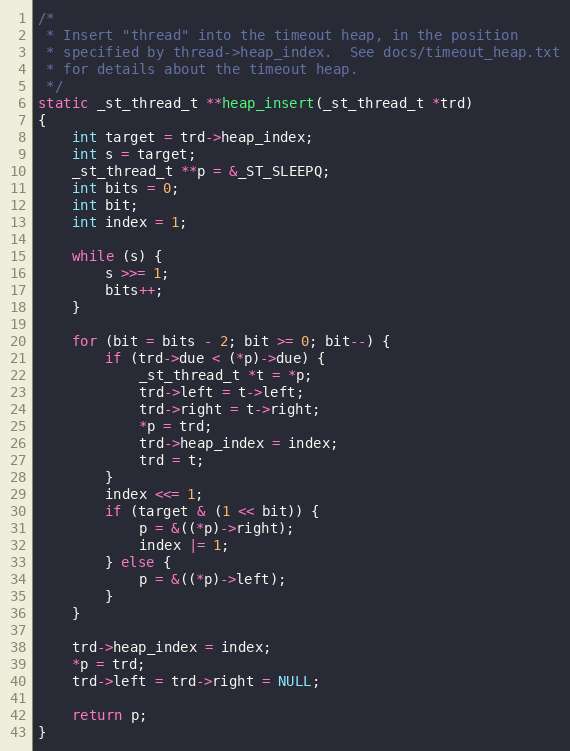
Language: C
/*
 * Insert "thread" into the timeout heap, in the position
 * specified by thread->heap_index.  See docs/timeout_heap.txt
 * for details about the timeout heap.
 */
static _st_thread_t **heap_insert(_st_thread_t *trd)
{
    int target = trd->heap_index;
    int s = target;
    _st_thread_t **p = &_ST_SLEEPQ;
    int bits = 0;
    int bit;
    int index = 1;

    while (s) {
        s >>= 1;
        bits++;
    }

    for (bit = bits - 2; bit >= 0; bit--) {
        if (trd->due < (*p)->due) {
            _st_thread_t *t = *p;
            trd->left = t->left;
            trd->right = t->right;
            *p = trd;
            trd->heap_index = index;
            trd = t;
        }
        index <<= 1;
        if (target & (1 << bit)) {
            p = &((*p)->right);
            index |= 1;
        } else {
            p = &((*p)->left);
        }
    }

    trd->heap_index = index;
    *p = trd;
    trd->left = trd->right = NULL;

    return p;
}